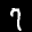
Label: 7